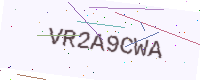
Text: VR2A9CWA